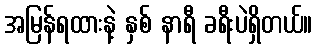
အမြန်ရထားနဲ့ နှစ် နာရီ ခရီးပဲရှိတယ်။